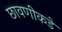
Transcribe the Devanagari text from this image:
छावणीकडे